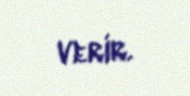
verir.